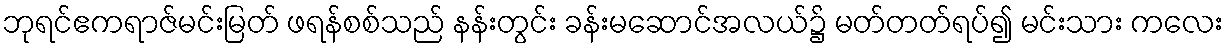
ဘုရင်ဧကရာဇ်မင်းမြတ် ဖရန်စစ်သည် နန်းတွင်း ခန်းမဆောင်အလယ်၌ မတ်တတ်ရပ်၍ မင်းသား ကလေး